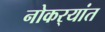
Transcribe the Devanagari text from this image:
नोकर्‍यांत